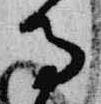
寺